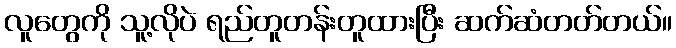
လူတွေကို သူ့လိုပဲ ရည်တူတန်းတူထားပြီး ဆက်ဆံတတ်တယ်။